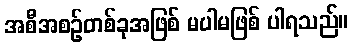
အစီအစဉ်တစ်ခုအဖြစ် မပါမဖြစ် ပါရသည်။